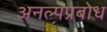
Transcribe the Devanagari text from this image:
अनल्पप्रबोध